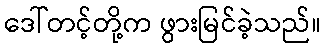
ဒေါ်တင့်တို့က ဖွားမြင်ခဲ့သည်။